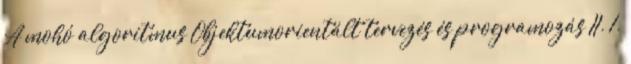
A mohó algoritmus Objektumorientált tervezés és programozás II. 1.